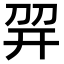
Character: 𢆙